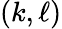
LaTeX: (k,\ell)